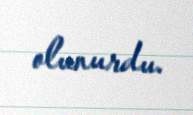
olunurdu.